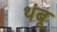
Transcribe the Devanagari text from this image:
थंबू